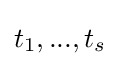
t_{1},...,t_{s}